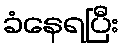
ခံနေရပြီး